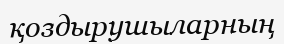
қоздырушыларның